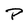
Character: P